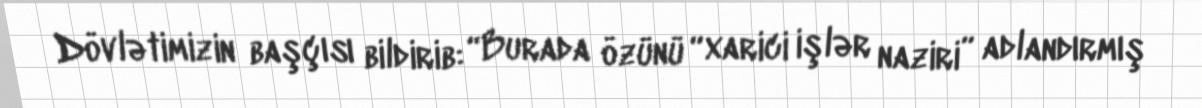
Dövlətimizin başçısı bildirib: “Burada özünü “xarici işlər naziri” adlandırmış